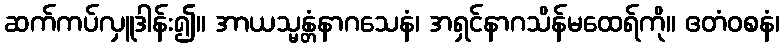
ဆက်ကပ်လှူဒါန်း၍။ အာယသ္မန္တံနာဂသေနံ၊ အရှင်နာဂသိန်မထေရ်ကို။ ဧတံဝစနံ၊